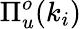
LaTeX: \Pi_{u}^{o}(k_{i})